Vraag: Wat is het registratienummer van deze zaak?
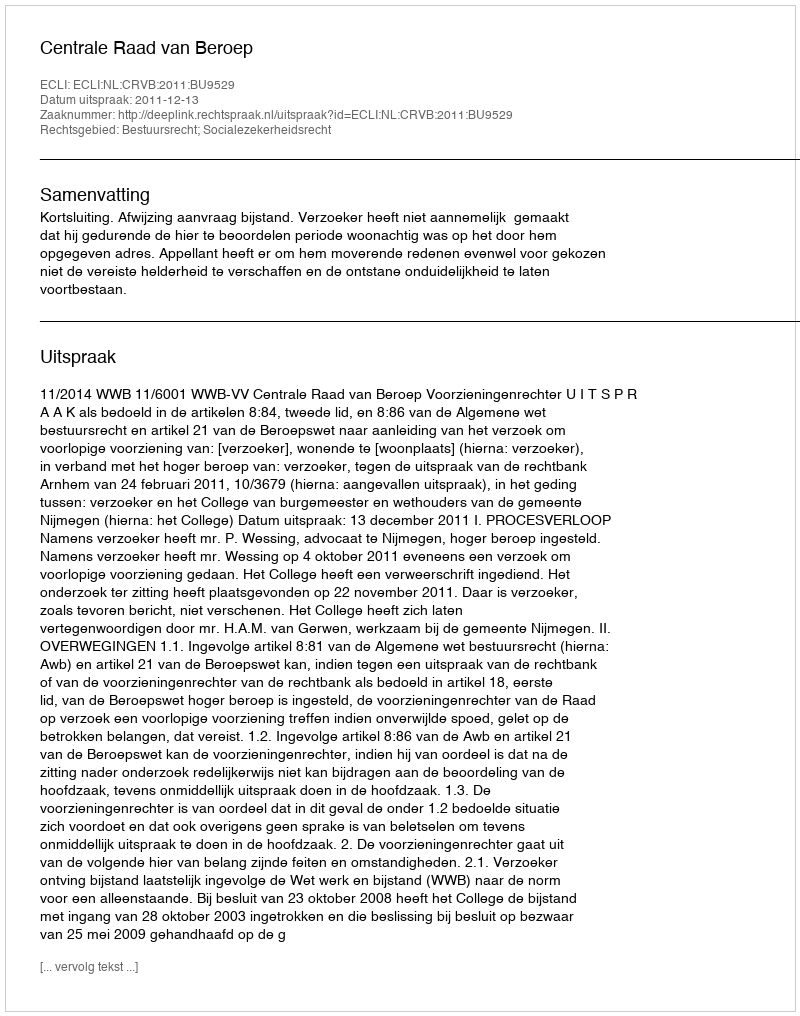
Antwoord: http://deeplink.rechtspraak.nl/uitspraak?id=ECLI:NL:CRVB:2011:BU9529